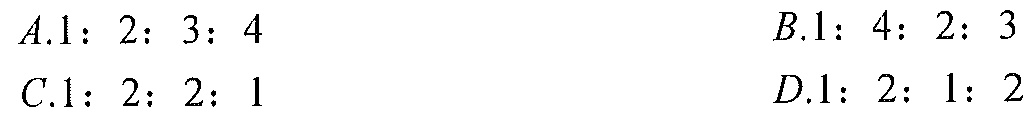
\(A.1:2:3:4\)  \(B.1:4:2:3\)
\(C.1:2:2:1\)  \(D.1:2:1:2\)